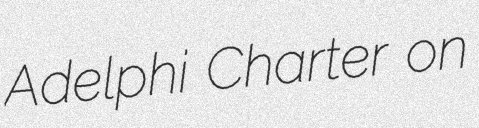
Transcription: Adelphi Charter on